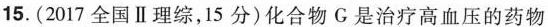
15. (2017全国Ⅱ理综，15分)化合物G是治疗高血压的药物